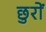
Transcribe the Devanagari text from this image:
छुरों